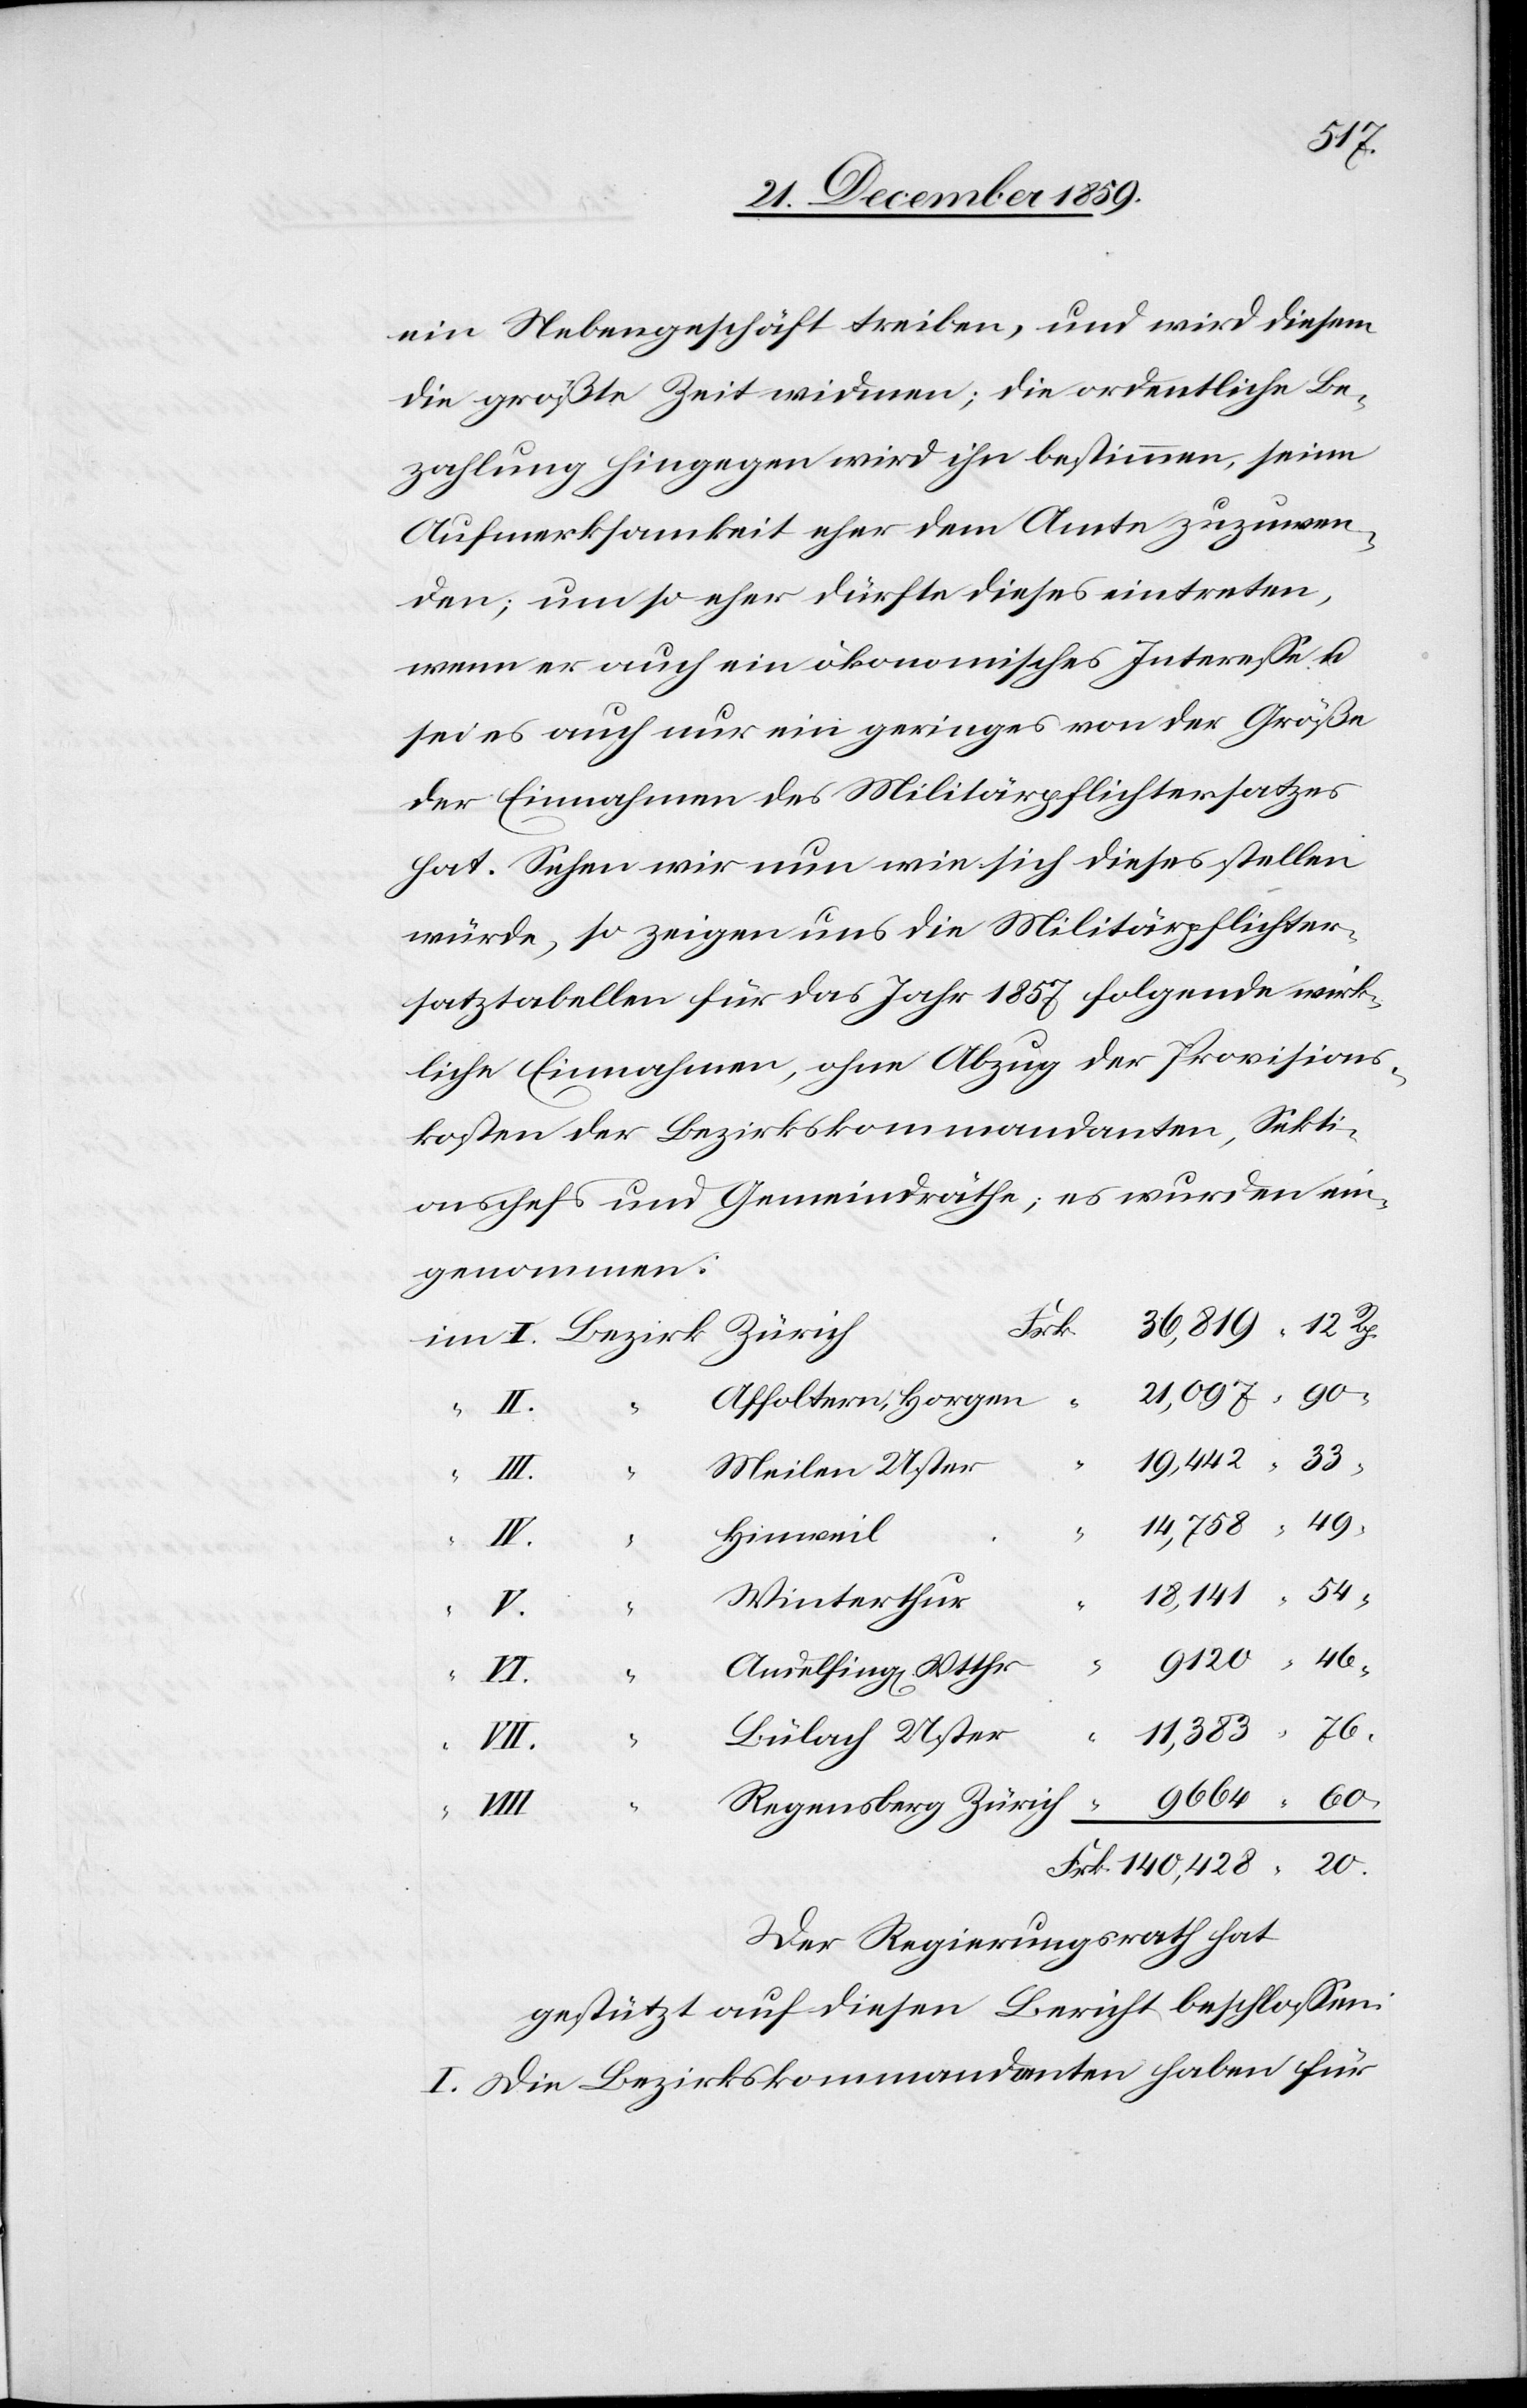
54

20.
ein Nebengeschäft treiben, und wird diesem
die größte Zeit widmen; die ordentliche Be¬
zahlung hingegen wird ihn bestimmen, seine
Aufmerksamkeit eher dem Amte zuzuwen¬
den; um so eher dürfte dieses eintreten,
wenn er auch ein ökonomisches Interesse u.
sei es auch nur ein geringes von der Größe
der Einnahmen des Militärpflichtersatzes
hat. Sehen wir nun wie sich dieses stellen
würde, so zeigen uns die Militärpflichter¬
satztabellen für das Jahr 1857 folgende wirk¬
liche Einnahmen, ohne Abzug der Provisions¬
kosten der Bezirkskommandanten, Sekti¬
onschefs und Gemeindräthe; es wurden ein¬
genommen:
Frk.
21,097
“
Affoltern, Horgen
Meilen Uster
Hinweil
Winterthur
“
Andelfing[en] Wtthr
46
Bülach Uster
Regensberg Zürich
18,141
Der Regierungsrath hat
gestützt auf diesen Bericht beschlossen:
I. Die Bezirkskommandanten haben für